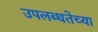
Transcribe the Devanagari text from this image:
उपलब्धतेच्या